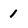
Character: 1